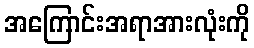
အကြောင်းအရာအားလုံးကို